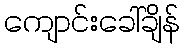
ကျောင်းခေါ်ချိန်